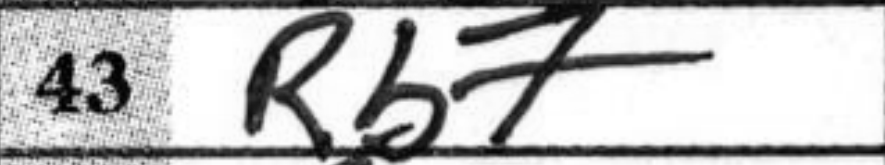
Transcription: Rb7